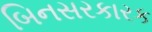
બિનસરકારક